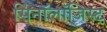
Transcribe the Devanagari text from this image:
सिनॉलॉजिस्ट